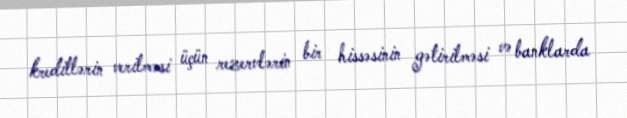
kreditlərin verilməsi üçün rezervlərin bir hissəsinin gətirilməsi və banklarda